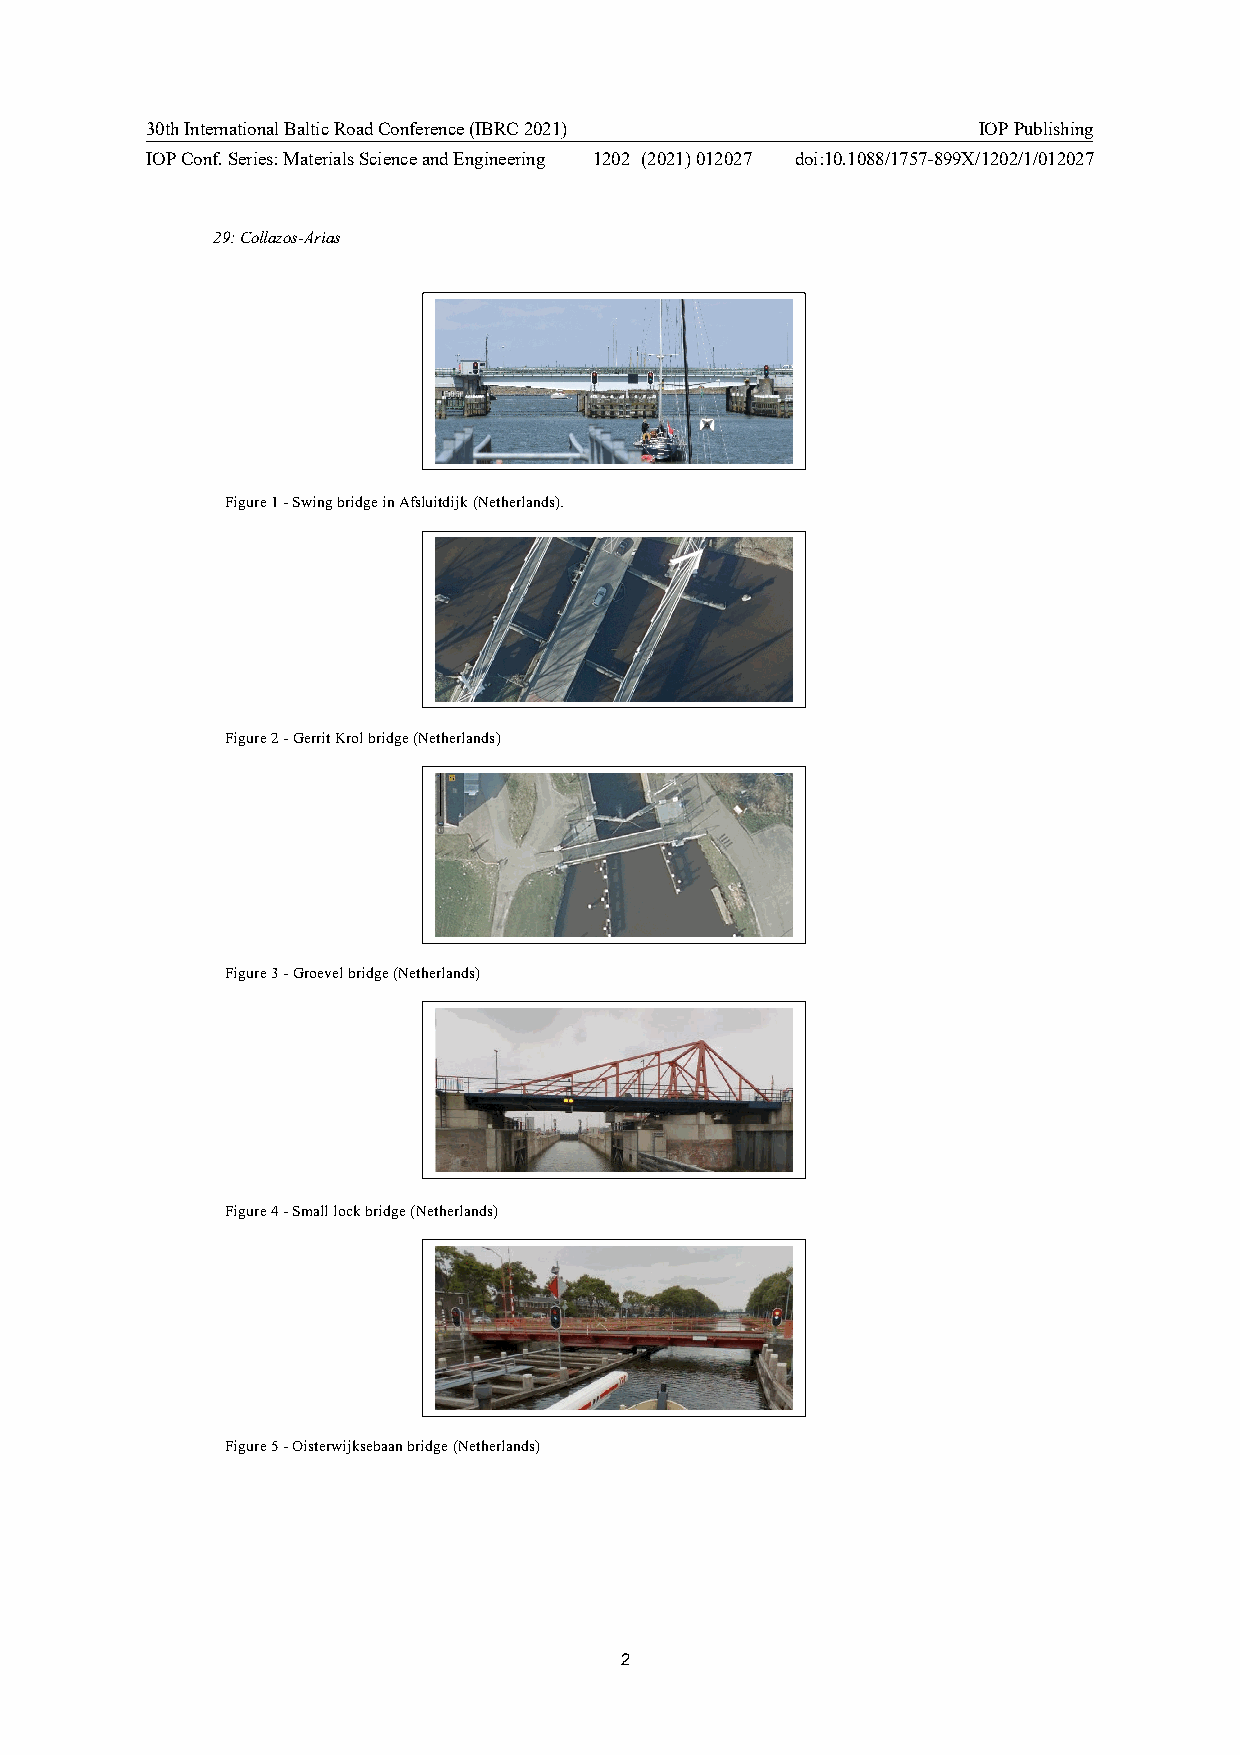
30th International Baltic Road Conference (IBRC 2021)  IOP Publishing
 IOP Conf. Series: Materials Science and Engineering 1202 (2021) 012027 doi:10.1088/1757-899X/1202/1/012027
 !"#$%&''()&*+,-.(*$
 L$04)(!C!7!B1$/0!2)$30(!$/!>:%,4$-3$EG!MA(-#(),'/3%N=!
 !
 L$04)(!;!7!O())$-!P)+,!2)$30(!MA(-#(),'/3%N!
 !
 '
 L$04)(!Q!7!O)+(8(,!2)$30(!MA(-#(),'/3%N!
 !
 L$04)(!R!7!B5',,!,+*G!2)$30(!MA(-#(),'/3%N!
 !
 L$04)(!D!7!S$%-()1$EG%(2''/!2)$30(!MA(-#(),'/3%N!
 2